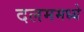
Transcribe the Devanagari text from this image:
दलममध्ये